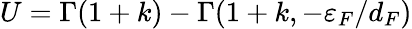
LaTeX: U=\Gamma(1+k)-\Gamma(1+k,-\varepsilon_{F}/{d_{F}})